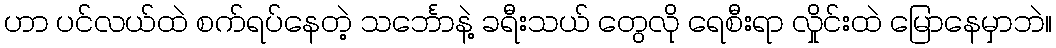
ဟာ ပင်လယ်ထဲ စက်ရပ်နေတဲ့ သင်္ဘောနဲ့ ခရီးသယ် တွေလို ရေစီးရာ လှိုင်းထဲ မြောနေမှာဘဲ။